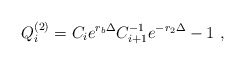
\begin{align*}Q^{(2)}_i = C_i e^{r_b\Delta}C^{-1}_{i+1} e^{-r_2\Delta} - 1\ ,\end{align*}